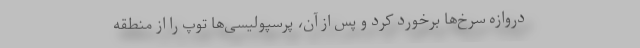
دروازه سرخ‌ها برخورد کرد و پس از آن، پرسپولیسی‌ها توپ را از منطقه